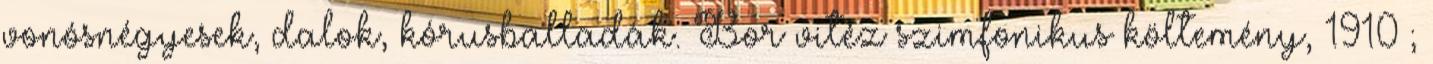
vonósnégyesek, dalok, kórusballadák. Bor vitéz szimfonikus költemény, 1910 ;